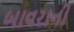
બાવરાની